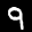
Label: 9